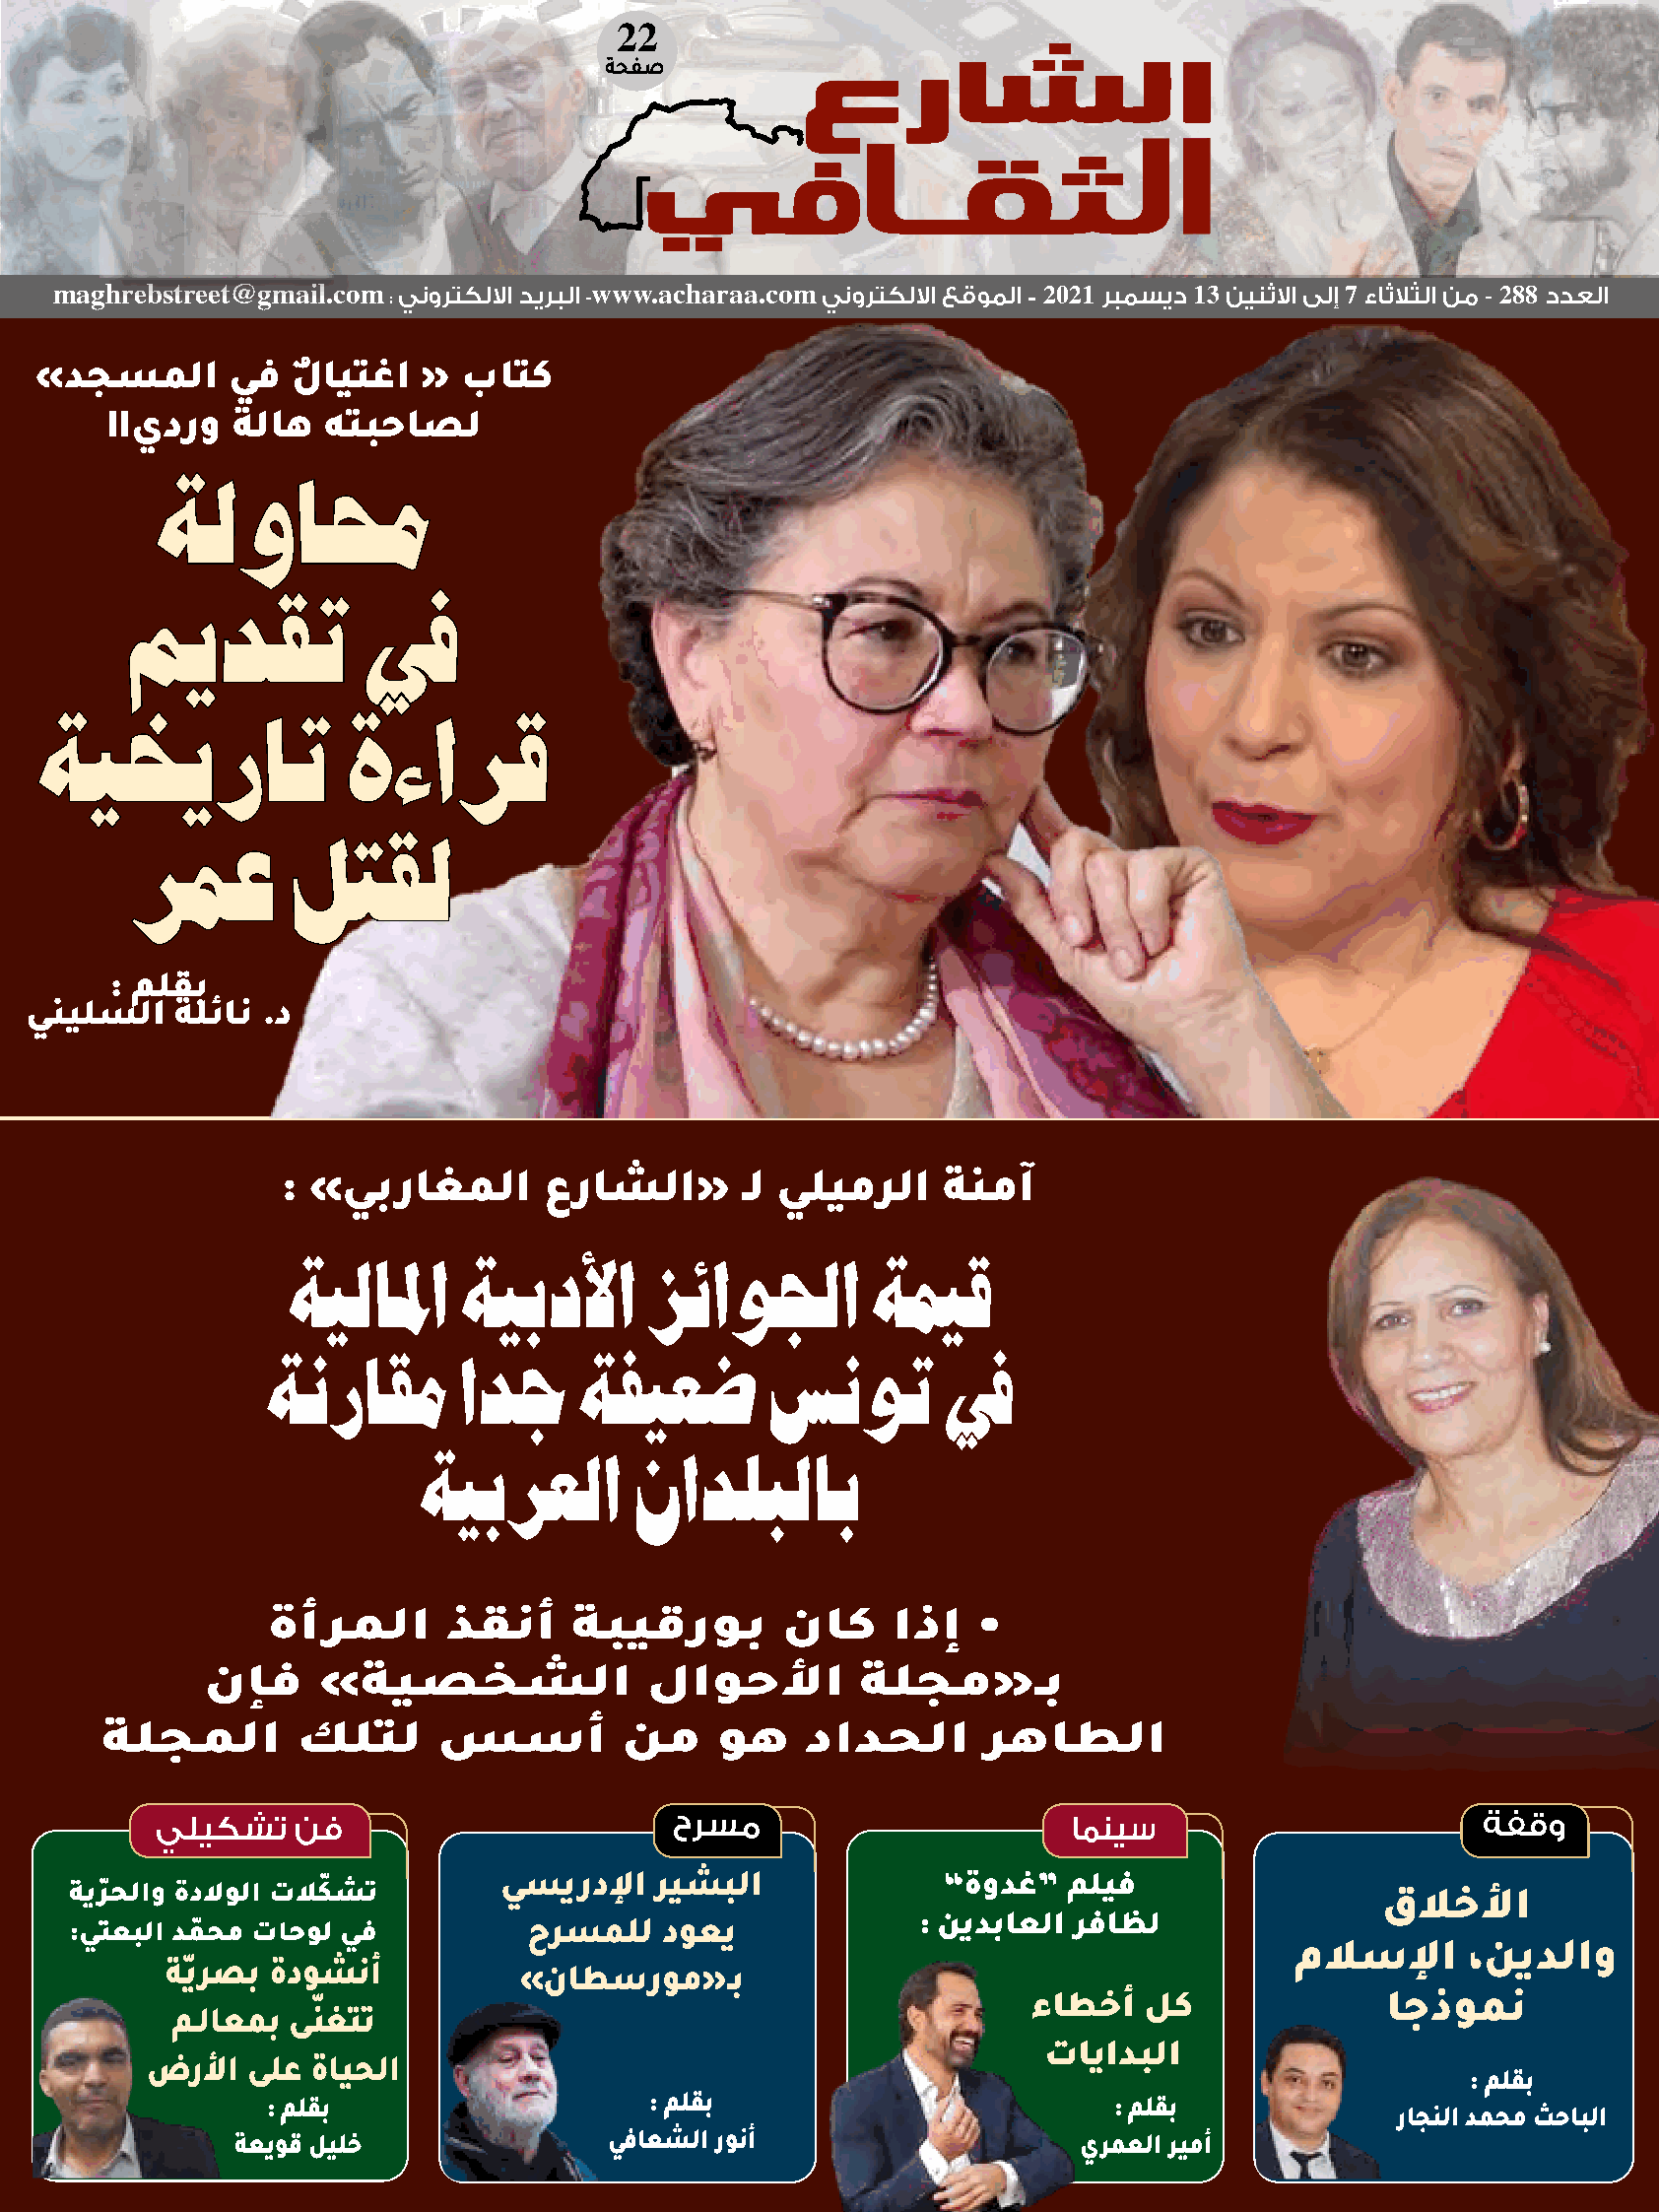
22
 ةحفص
 لا
 maghrebstreet@gmail.com : ينورتكللاا ديربلا -www.acharaa.com ينورتكللاا عقوملا - 2021 ربمسيد 13 نينثلاا ىلإ 7 ءاثلاثلا نم - 288 ددعلا
 »دجسملا      يف   لٌ ايتغا « باتك
 IIيدرو   ةلاه  هتبحاصل
 ةةللوواامحمح
 ممييددققتت      فيفي
 ةةيييخيخررااتت      ةةءءااررقق
 ررممعع     للتتققلل
 : ملقب
 ينيلسلا   ةلئان .د
 : »يبراغملا       عراشلا«      ـل يليمرلا   ةنمآ
 ةيلالما     ةيبدلأا      زئاولجا        ةميق
 ةنراقم       ادج     ةفيعض        سنوت        في
 ةيبرعلا        نادلبلاب
 ةأرملا      ذقنأ    ةبيقروب        ناك    اذإ   •
 نإف    »ةيصخشلا              لاوحلأا        ةلجم«ـب
 ةلجملا       كلتل     سسأ          نم    وه    دادحلا      رهاطلا
 يليكشت    نف                       حرسم                       امنيس                       ةفقو
 ةيرّ حلاو ةدلاولا تلاكّ شت   يسيردلإا  ريشبلا             ”ةودغ“   مليف
 قلاخلأا
 : نيدباعلا رفاظل
 :يتعبلا دمّ حم تاحول يف       حرسملل   دوعي
 ملاسلإا     ،نيدلاو
 ةّيرصب ةدوشنأ
 »ناطسروم«ـب
 ّ                                               ءاطخأ   لك              اجذومن
 مـلاعمب ىنغتت
 تايادبلا
 ضرلأا  ىلع ةايحلا
 : ملقب
 : ملقب                    : ملقب                         : ملقب
 راجنلا دمحم ثحابلا
 ةعيوق ليلخ               يفاعشلا رونأ                    يرمعلا ريمأ